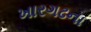
ખારગઢના